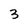
Character: 3